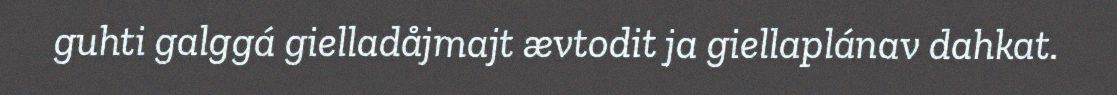
guhti galggá gielladåjmajt ævtodit ja giellaplánav dahkat.